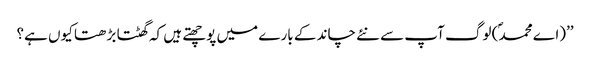
’’(اے محمد ؐ) لوگ آپ سے نئے چاند کے بارے میں پوچھتے ہیں کہ گھٹتا بڑھتا کیوں ہے؟